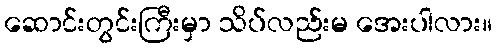
ဆောင်းတွင်းကြီးမှာ သိပ်လည်းမ အေးပါလား။